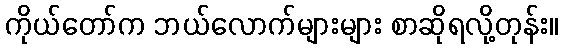
ကိုယ်တော်က ဘယ်လောက်များများ စာဆိုရလို့တုန်း။